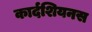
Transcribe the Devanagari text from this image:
कार्दशियनस